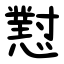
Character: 懟